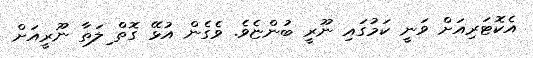
އެކޮޓަރިއަށް ވަނީ ކަމުގައި ނޫރީ ބުންޏެވެ. ވެގެން އުޅޭ ގޮތް ިލަތާ ނޫރީއަށް